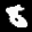
Label: 8